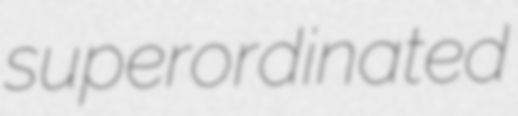
superordinated